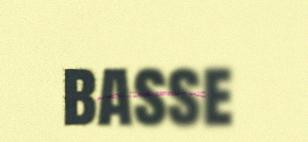
basse